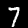
Digit: 7